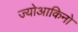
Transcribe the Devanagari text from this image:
ज्योआकिनो